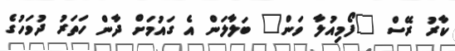
ކާރު ރޭސް "ފޯމިއުލާ ވަން" ބަލާލަން އެ ގައުމަށް ދާން ހަތަރު ދުވަހުގެ